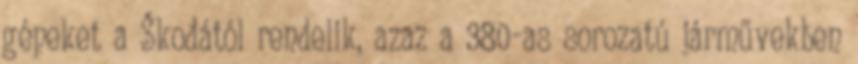
gépeket a Škodától rendelik, azaz a 380-as sorozatú járművekben